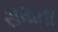
સધાતા